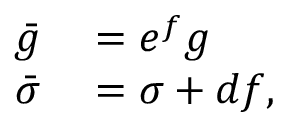
\begin{array} { r l } { \bar { g } } & { { } = e ^ { f } g } \\ { \bar { \sigma } } & { { } = \sigma + d f , } \end{array}